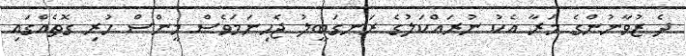
ދެ ޒުވާނުންގެ މަރާ އެކު ނުރައްކަލުގެ ރަނގަބީލު ޖެހިނަމަވެސް މީންސް ހުރި ގޮތެއްގައި